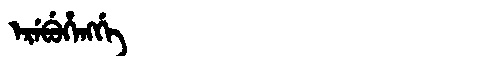
Manchu: ᡝᡵᡝᠪᡠᡥᡝᠩᡤᡝ
Romanization: EREBUHENGGE